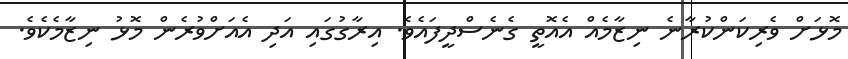
މޮޅަށް ވެރިކަންކުރާނެ ނިޒާމެއް އެއޮތީ ގެނެސްދީފައެވެ. އިރާގުގައި އަދި އެއަށްވުރެން މޮޅު ނިޒާމެކެވެ.